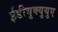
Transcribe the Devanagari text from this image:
ईडीयुक्युयुए